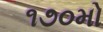
૧૭૦મો